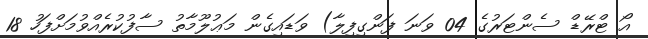
އޯ ޓްރޭޑް ސެންޓަރުގެ 04 ވަނަ ފަންގިފިލާ) ވަޑައިގެން މަޢުލޫމާތު ސާފުކުރެއްވުމަށްފަހު 18